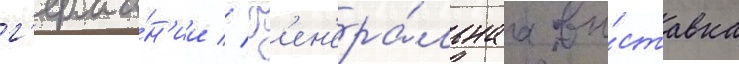
г'ерма́н'ии // Г'ен'ера́льнаа вы́ставка